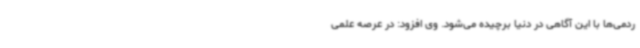
ردمی‌ها با این آگاهی در دنیا برچیده می‌شود. وی افزود: در عرصه علمی